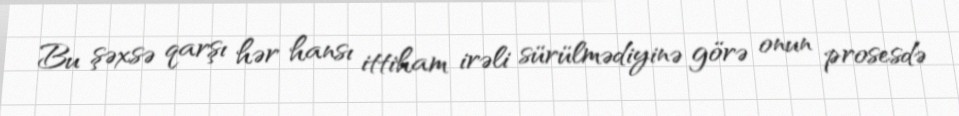
Bu şəxsə qarşı hər hansı ittiham irəli sürülmədiyinə görə onun prosesdə